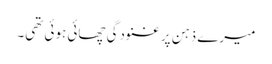
میرے ذہن پر غنودگی چھائی ہوئی تھی۔